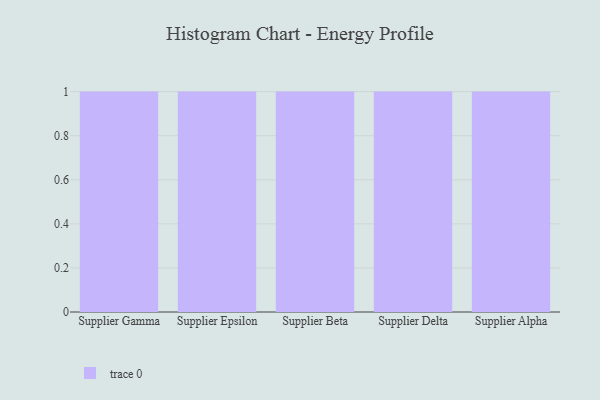
{"axis": {"x": "Supplier", "y": "Operating Costs (USD K)"}, "legend": [""], "data": [{"x": "Supplier Gamma", "y": 33, "type": ""}, {"x": "Supplier Epsilon", "y": 27, "type": ""}, {"x": "Supplier Beta", "y": 57, "type": ""}, {"x": "Supplier Delta", "y": 97, "type": ""}, {"x": "Supplier Alpha", "y": 86, "type": ""}]}